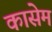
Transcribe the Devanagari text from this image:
कासेम